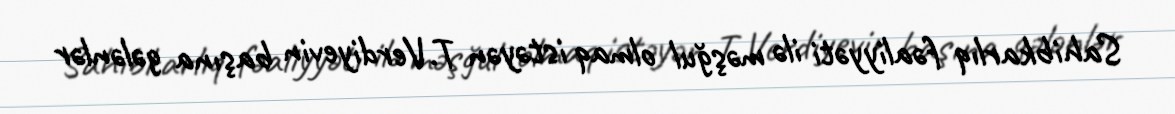
Sahibkarlıq fəaliyyəti ilə məşğul olmaq istəyən T.Verdiyevin başına gələnlər